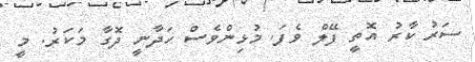
ސަރު ކާރު އޮތީ ފޭލް ވެފަ. މުޅިންވެސް ހަދާނީ ދޮގާ މަކަރު. މީ